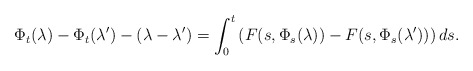
\begin{align*}\Phi_t(\lambda)-\Phi_t(\lambda^{\prime })-(\lambda - \lambda^{\prime }) &=\int_0^t \left( F(s,\Phi_s(\lambda)) - F(s,\Phi_s(\lambda^{\prime }))\right) ds.\end{align*}